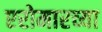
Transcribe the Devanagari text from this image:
एरोमारच्या